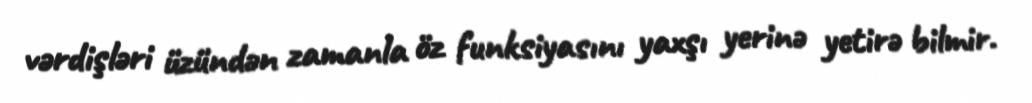
vərdişləri üzündən zamanla öz funksiyasını yaxşı yerinə yetirə bilmir.